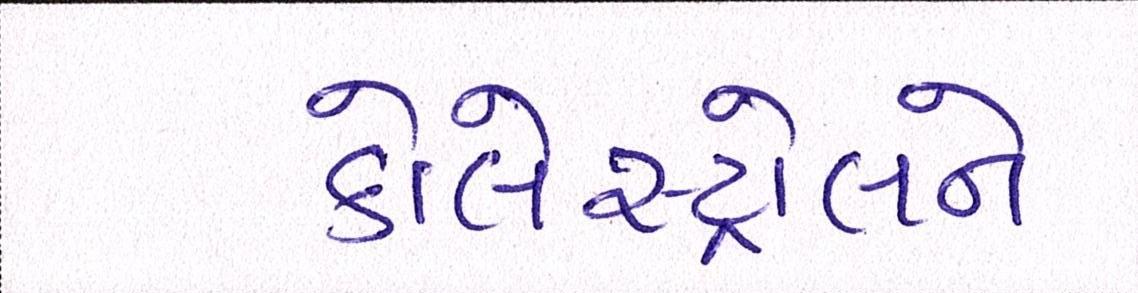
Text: કોલેસ્ટ્રોલને